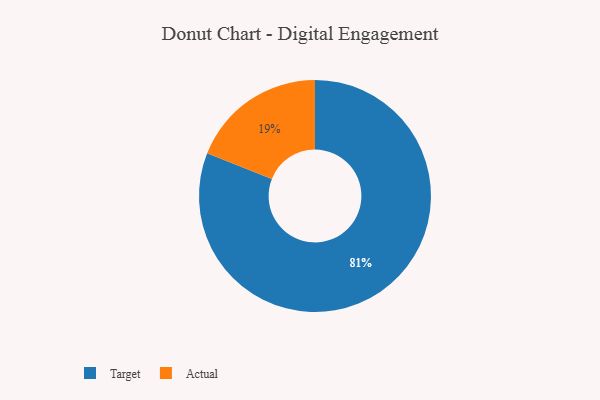
{"axis": {"x": "Category", "y": "Percentage"}, "legend": ["Actual", "Target"], "data": [{"x": "Target", "y": 81, "type": "Target"}, {"x": "Actual", "y": 19, "type": "Actual"}]}